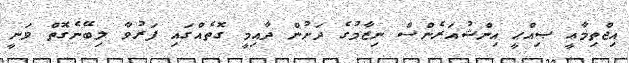
އިޖްތިމާޢީ ޞިއްޙީ އިންޝުއަރެންސް ނިޒާމުގެ ދަށުން ދާއިމީ ގޮތެއްގައި ފަރުވާ ލިބޭނެގޮތް ވަނީ